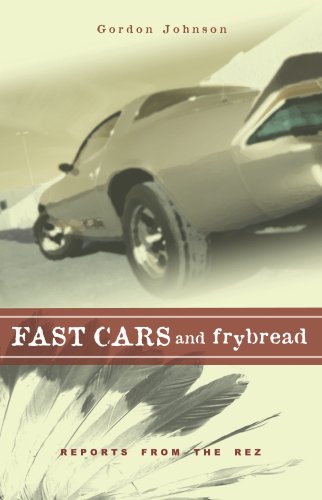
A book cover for Fast Cars and Frybread: Reports from the Rez; Gordon Johnson; Biographies & Memoirs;